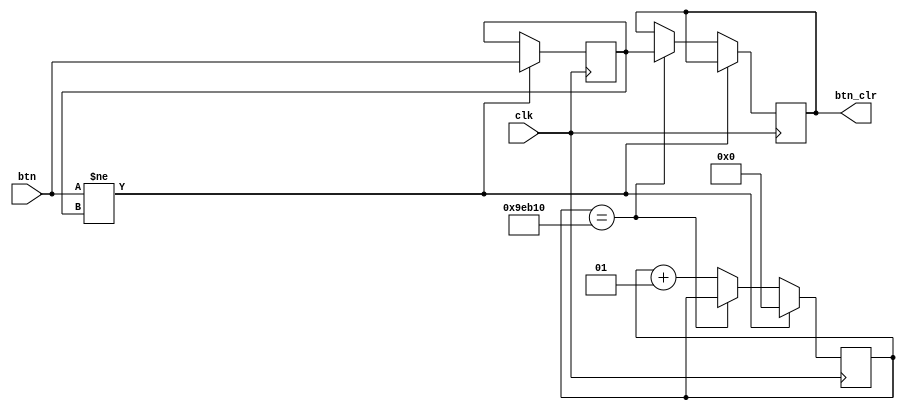
`timescale 1ns / 1ps
//////////////////////////////////////////////////////////////////////////////////
// Company: 
// Engineer: 
// 
// Design Name: 
// Module Name: debounce
// Project Name: 
// Target Devices: 
// Tool Versions: 
// Description: 
// 
// Dependencies: 
// 
// Revision:
// Revision 0.01 - File Created
// Additional Comments:
// 
//////////////////////////////////////////////////////////////////////////////////


module debounce(
    input clk,
    input btn,
    output reg btn_clr
    );
    
    parameter delay = 650000; //6.5 ms delay
    integer count = 0;
    
    reg xnew = 0;
    
    always @ (posedge clk)
    if (btn != xnew)
        begin 
        xnew <= btn;
        count <= 0;
        end
    else if (count == delay) btn_clr <= xnew;
    else count <= count +1;
endmodule